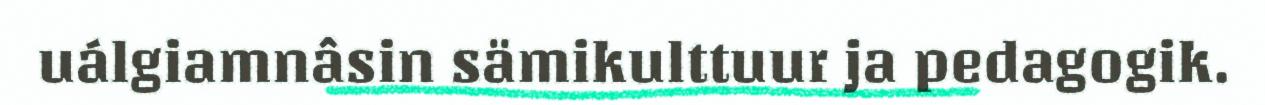
uálgiamnâsin sämikulttuur ja pedagogik.